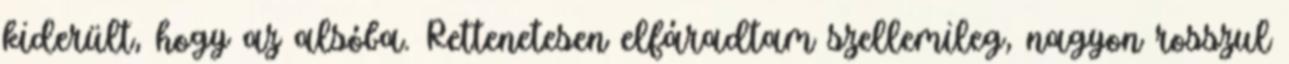
kiderült, hogy az alsóba. Rettenetesen elfáradtam szellemileg, nagyon rosszul